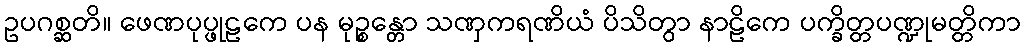
ဥပဂစ္ဆတိ။ ဖေဏပုပ္ဖုဠကေ ပန မုဉ္စန္တော သဏှကရဏိယံ ပိသိတွာ နာဠိကေ ပက္ခိတ္တပဏ္ဍုမတ္တိကာ